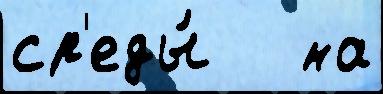
ср'еды́   на